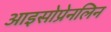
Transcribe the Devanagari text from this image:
आइसोप्रेनलिन